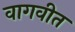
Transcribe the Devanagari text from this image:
वागवीत